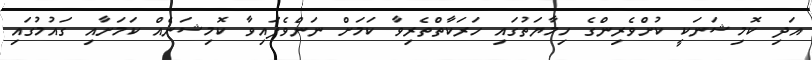
އަދި ކޮމިޝަނަކީ ކުށްވެރިންގެ ހިމާޔަތުގައި ހަރަކާތްތެރިވާ ކަމަށް ނަންވެފައިވާ ކޮމިޝަނެއް ކަމަށާއި ގައުމުގައި